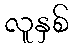
လူနှစ်